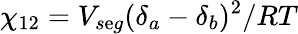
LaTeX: \chi_{12}=V_{s\mathrm{e}g}(\delta_{a}-\delta_{b})^{2}/RT